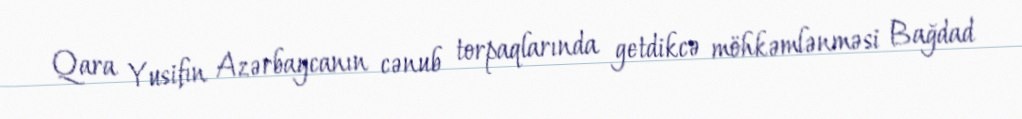
Qara Yusifın Azərbaycanın cənub torpaqlarında getdikcə möhkəmlənməsi Bağdad